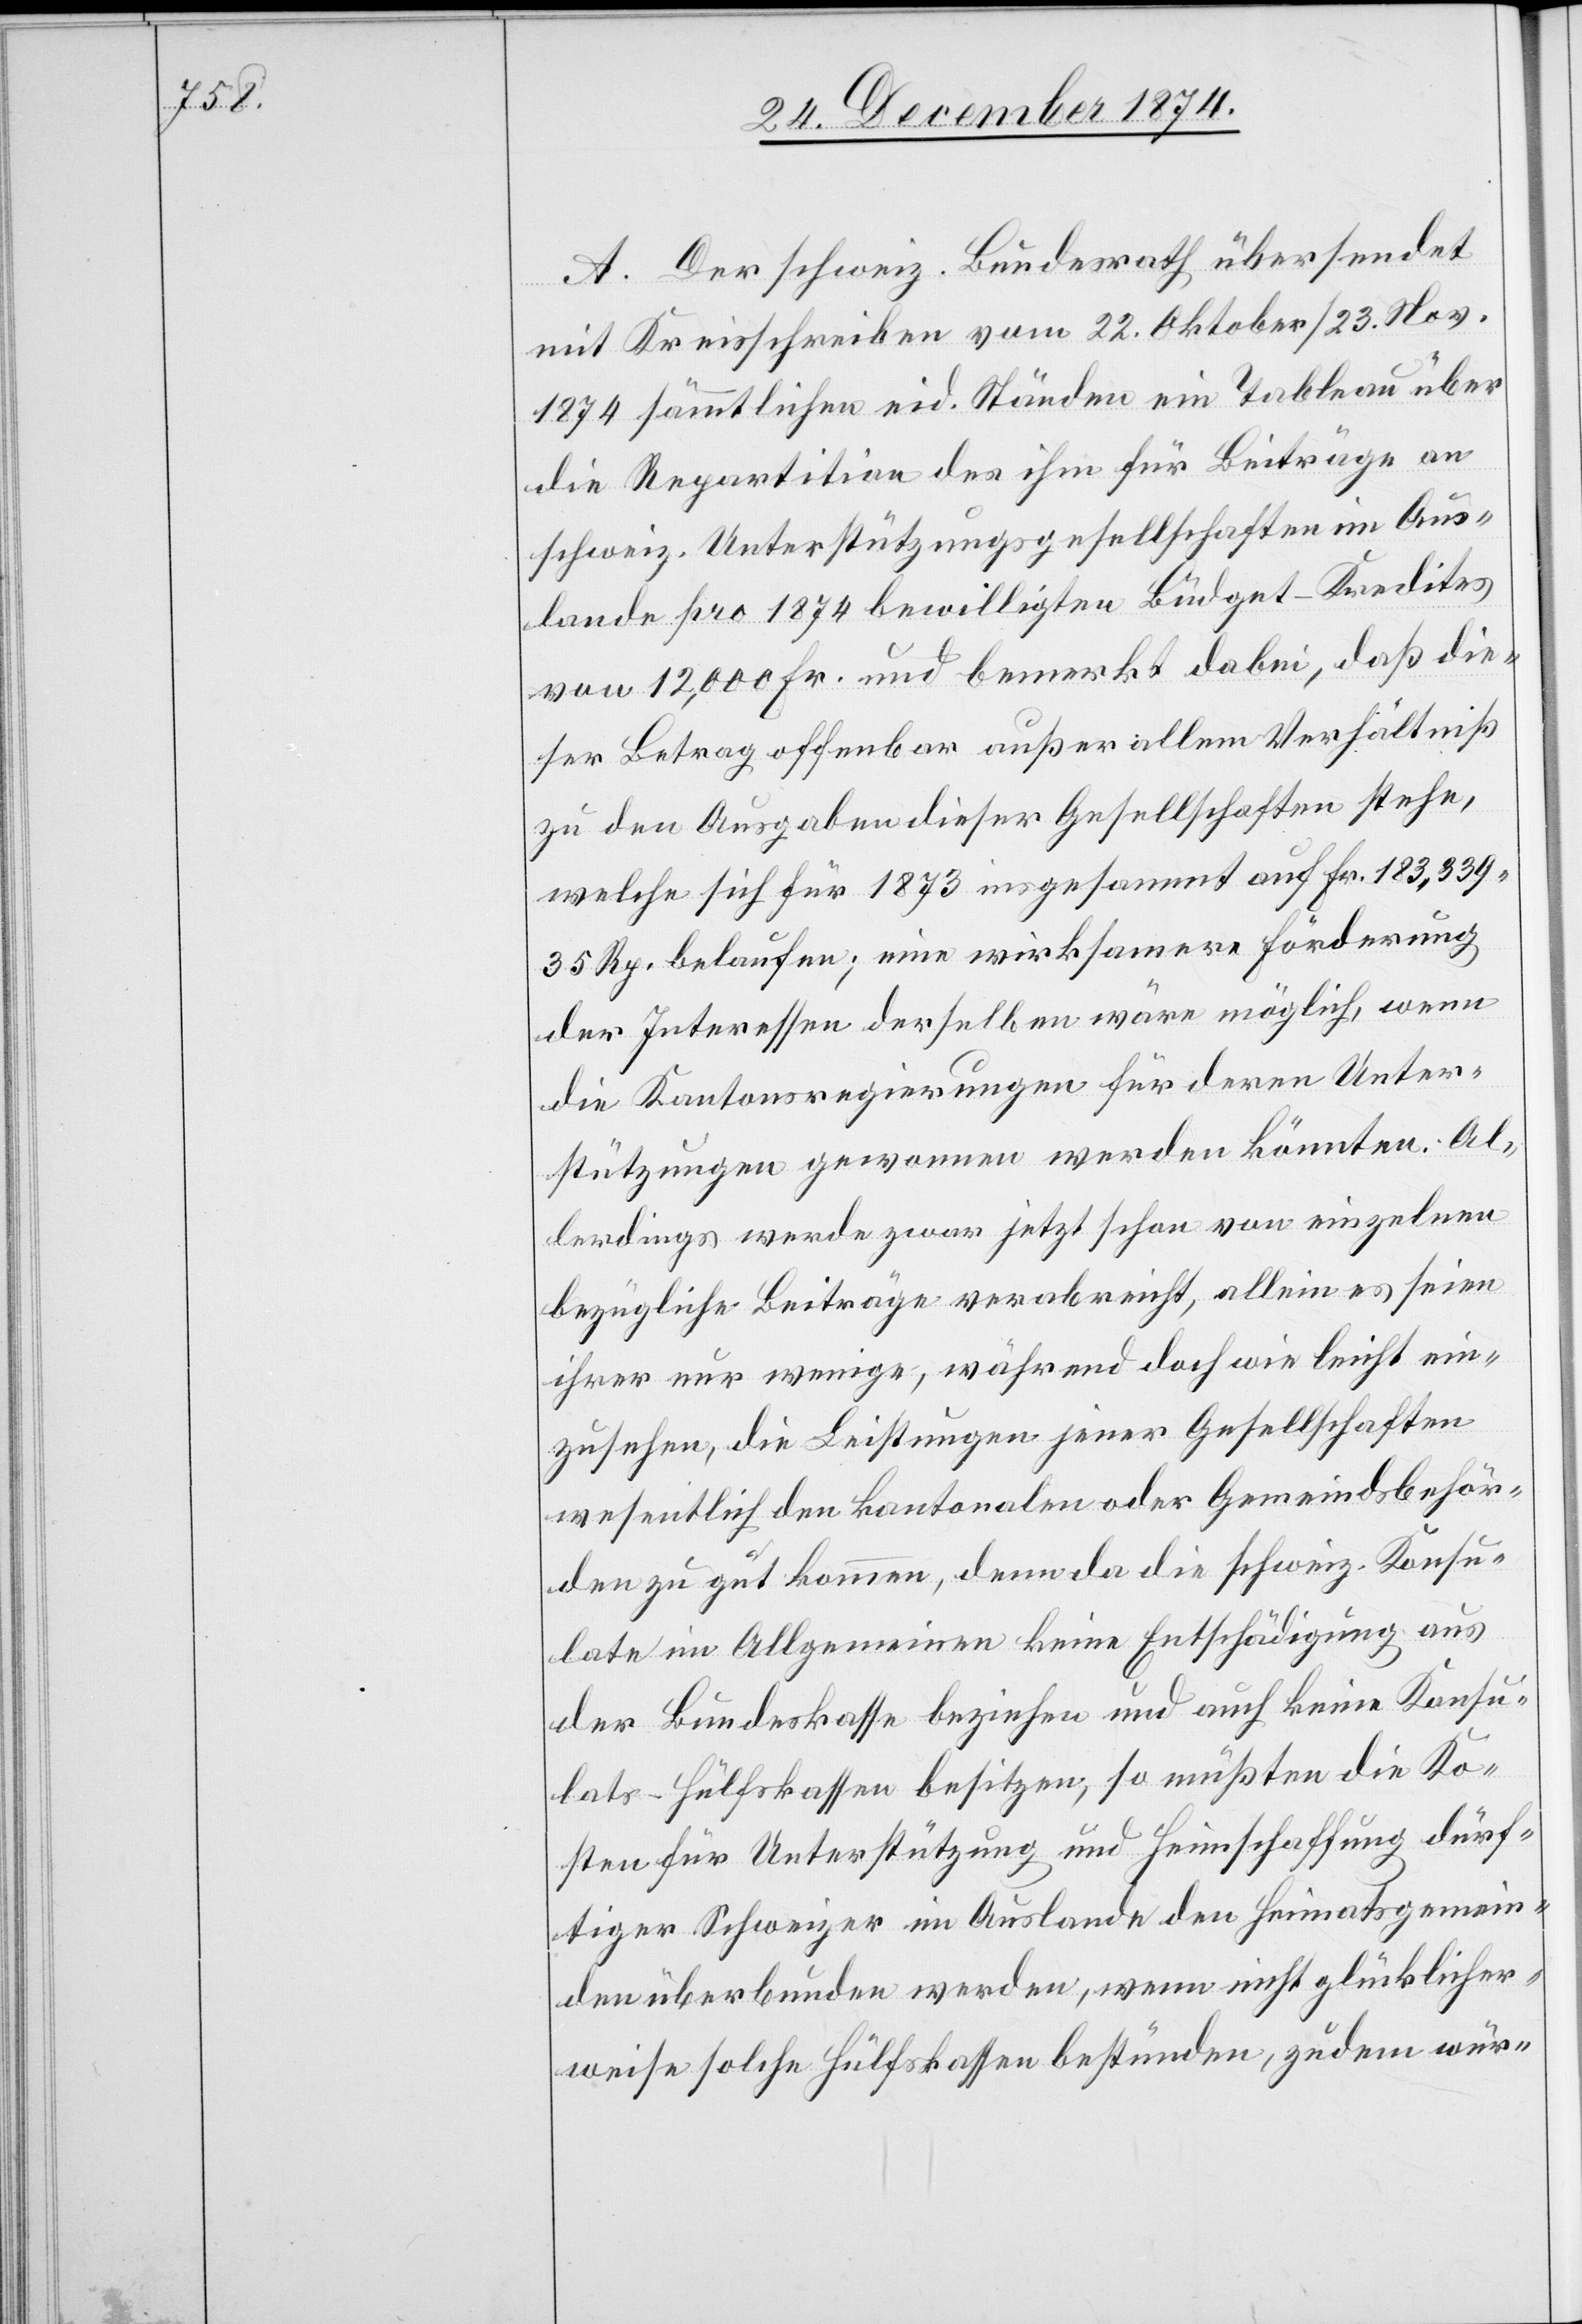
A. Der schweiz. Bundesrath übersendet
mit Kreisschreiben vom 22. Oktober/23. Nov.
1874 sämmtlichen eid. Ständen ein Tableau über
die Repartition des ihm für Beiträge an
schweiz. Unterstützungsgesellschaften im Aus¬
lande pro 1874 bewilligten Büdget-Kredites
von 12,000 Fr. und bemerkt dabei, daß die¬
ser Betrag offenbar außer allem Verhältniß
zu den Ausgaben dieser Gesellschaften stehe,
welche sich für 1873 insgesammt auf Fr. 183,339
35 Rp. belaufen; eine wirksamere Förderung
der Interessen derselben wäre möglich, wenn
die Kantonsregierungen für deren Unter¬
stützungen gewonnen werden könnten. Al¬
lerdings werde zwar jetzt schon von einzelnen
bezügliche Beiträge verabreicht, allein es seien
ihrer nur wenige, während doch wie leicht ein¬
zusehen, die Leistungen jener Gesellschaften
wesentlich den kantonalen oder Gemeindsbehör¬
den zu gut kommen, denn da die schweiz. Konsu¬
late im Allgemeinen keine Entschädigung aus
der Bundeskasse beziehen und auch keine Konsu¬
lats-Hülfskassen besitzen, so müßten die Ko¬
sten für Unterstützung und Heimschaffung dürf¬
tiger Schweizer im Auslande den Heimatsgemein¬
den überbunden werden, wenn nicht glücklicher¬
weise solche Hülfskassen bestünden, zudem wür-